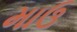
માઉ